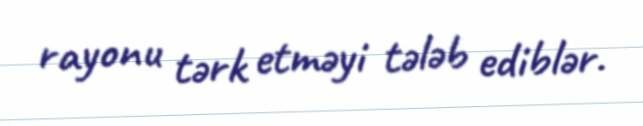
rayonu tərk etməyi tələb ediblər.